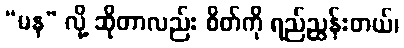
“မန” လို့ ဆိုတာလည်း စိတ်ကို ရည်ညွှန်းတယ်၊